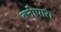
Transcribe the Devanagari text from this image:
बनीपारा